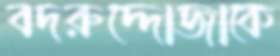
বদরুদ্দোজাকে